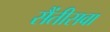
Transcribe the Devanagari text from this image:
सैंतीसवा